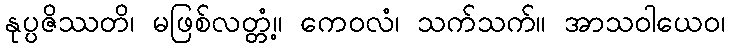
နုပ္ပဇိဿတိ၊ မဖြစ်လတ္တံ့။ ကေဝလံ၊ သက်သက်။ အာသဝါယေဝ၊